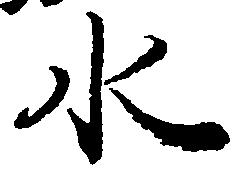
水